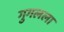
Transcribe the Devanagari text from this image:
गुगलला